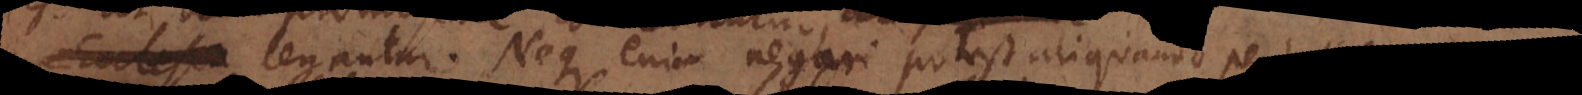
Ecclesia legantur. Neque enim negari potest aliquando